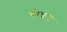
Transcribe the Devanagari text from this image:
चौघाट